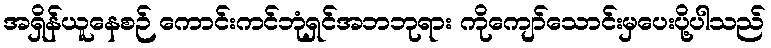
အရှိန်ယူနေစဉ် ကောင်းကင်ဘုံရှင်အဘဘုရား ကိုကျော်သောင်းမှပေးပို့ပါသည်